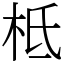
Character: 柢